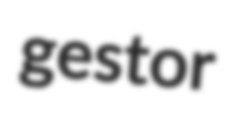
gestor